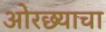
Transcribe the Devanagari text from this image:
ओरछ्याचा